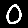
Digit: 0